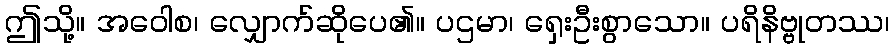
ဤသို့။ အဝေါစ၊ လျှောက်ဆိုပေ၏။ ပဌမာ၊ ရှေးဦးစွာသော။ ပရိနိဗ္ဗုတဿ၊